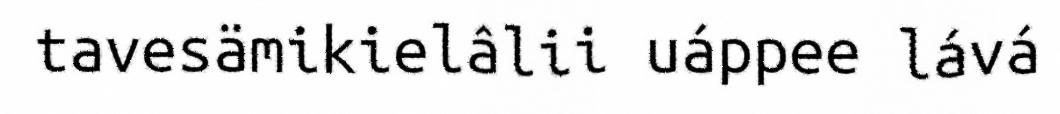
tavesämikielâlii uáppee lává